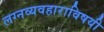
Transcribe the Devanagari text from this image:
लग्नव्यवहाराविषयी